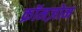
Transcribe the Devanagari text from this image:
क्रॉमज़ोम